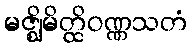
မဇ္ဈိမိတ္ထိဝဏ္ဏသတံ